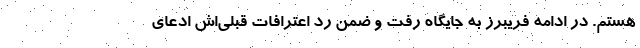
هستم. در ادامه فریبرز به جایگاه رفت و ضمن رد اعترافات قبلی‌اش ادعای